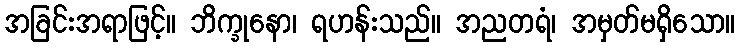
အခြင်းအရာဖြင့်။ ဘိက္ခုနော၊ ရဟန်းသည်။ အညတရံ၊ အမှတ်မရှိသော။